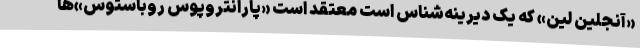
«آنجلین لین» که یک دیرینه‌شناس است معتقد است «پارانتروپوس روباستوس»ها